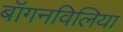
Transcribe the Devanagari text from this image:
बॉगनविलिया